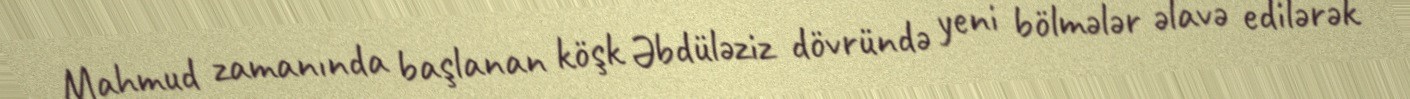
Mahmud zamanında başlanan köşk Əbdüləziz dövründə yeni bölmələr əlavə edilərək